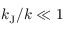
k _ { \mathrm { J } } / k \ll 1